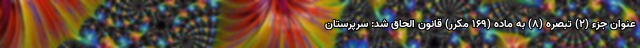
عنوان جزء (۲) تبصره (۸) به ماده (۱۶۹ مکرر) قانون الحاق شد: سرپرستان